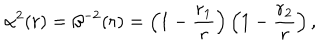
\alpha ^ { 2 } ( r ) = \beta ^ { - 2 } ( r ) = \left( 1 - { \frac { r _ { 1 } } { r } } \right) \left( 1 - { \frac { r _ { 2 } } { r } } \right) ,